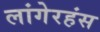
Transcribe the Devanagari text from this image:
लांगेरहंस